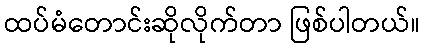
ထပ်မံတောင်းဆိုလိုက်တာ ဖြစ်ပါတယ်။